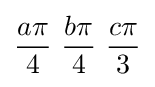
{a\pi  \over 4}\ {b\pi  \over 4}\ {c\pi  \over 3}